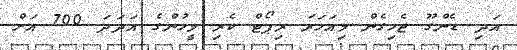
އަދި ޑެންގޫ ޖެހިގެން މިއަހަރަ ރިޕޯޓް ކެރި މީހުންގެ އަދަދަ 700 އަށް